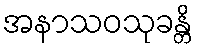
အနာသဝသုခန္တိ